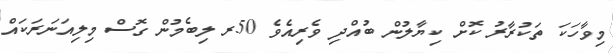
މިވާހަކަ ތަކުރާރު ކޮށް ކިޔާލުން ބުއްދި ވެރިއެވެ 50ރ ލިބެމުން ގޮސް މިލިއަނަރަކައް